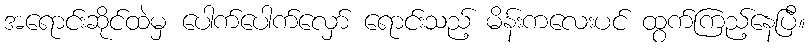
အရောင်းဆိုင်ထဲမှ ပေါက်ပေါက်လှော် ရောင်းသည့် မိန်းကလေးပင် ထွက်ကြည့်နေပြီ။